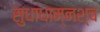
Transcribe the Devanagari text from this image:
सुधाधाम्नश्च